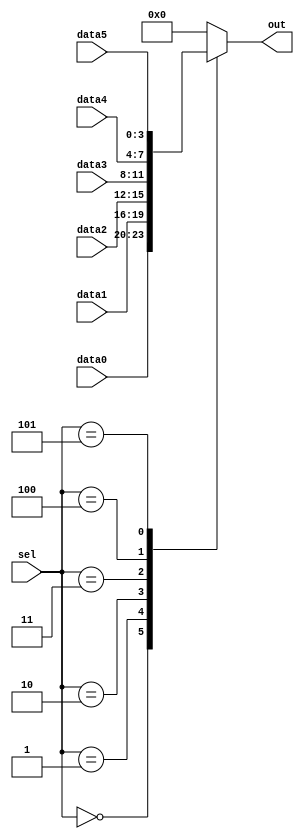
// synthesis verilog_input_version verilog_2001
module top_module (
    input [2:0] sel,
    input [3:0] data0,
    input [3:0] data1,
    input [3:0] data2,
    input [3:0] data3,
    input [3:0] data4,
    input [3:0] data5,
    output reg [3:0] out   );

    always @(*) begin
        case(sel)
            0: out = data0;
			1: out = data1;
            2: out = data2;
            3: out = data3;
            4: out = data4;
            5: out = data5;
            default: out = 0;
        endcase
    end

endmodule